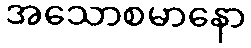
အသောစမာနော